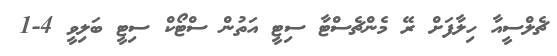
ޗެލްސީއާ ހިލާފަށް ރޭ މެންޗެސްޓާ ސިޓީ އަތުން ސްޓޯކް ސިޓީ ބަލިވީ 4-1